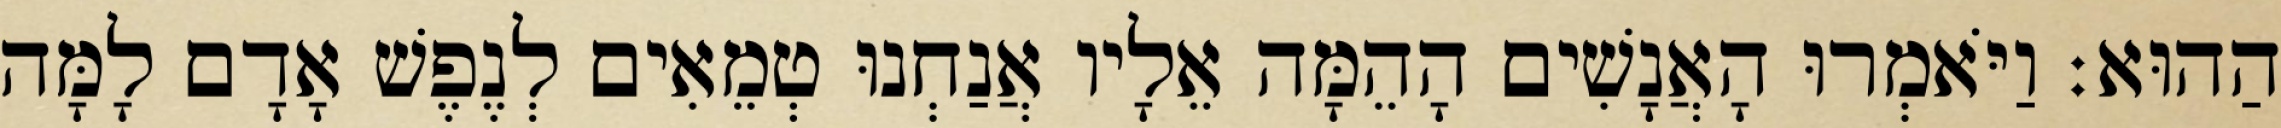
הַהוּא׃ וַיֹּאמְרוּ הָאֲנָשִׁים הָהֵמָּה אֵלָיו אֲנַחְנוּ טְמֵאִים לְנֶפֶשׁ אָדָם לָמָּה